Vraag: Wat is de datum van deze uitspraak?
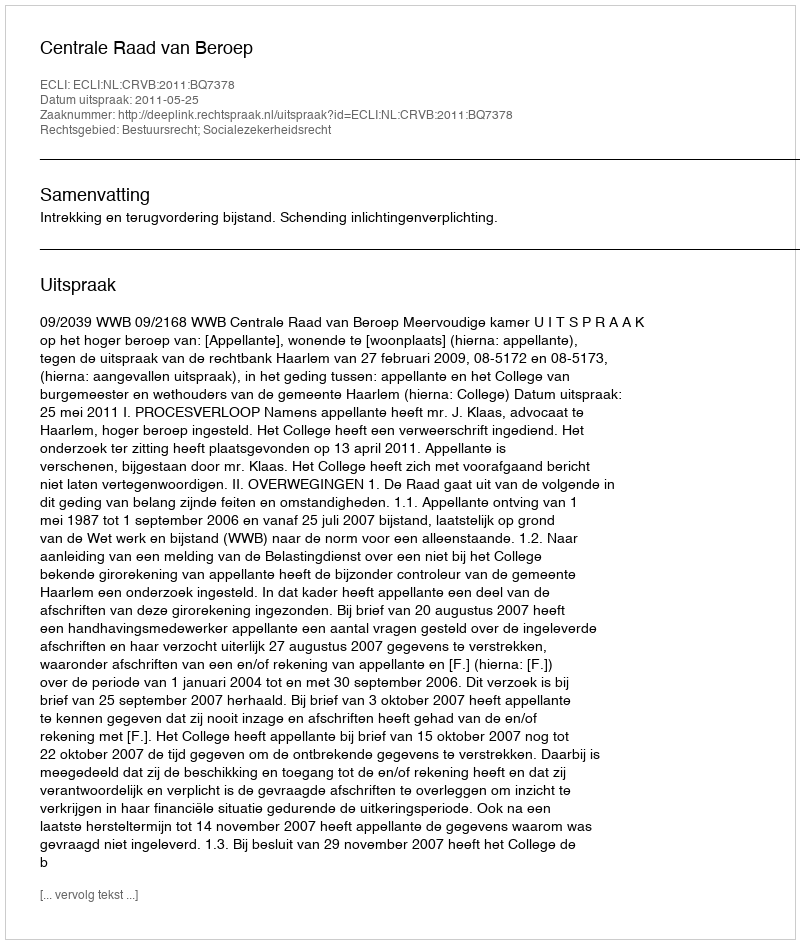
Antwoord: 2011-05-25